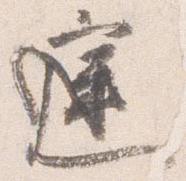
庭